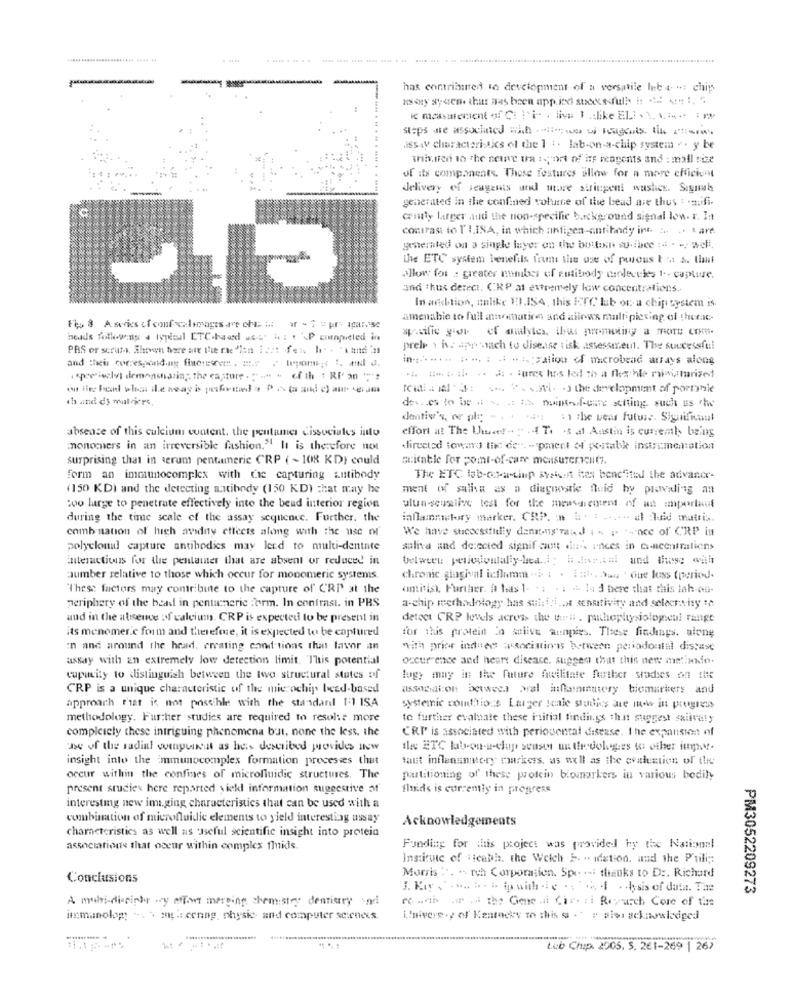
has contributed to development of a versatile Int 4 - chip
usoy system. this aras been applied succesful! !! = :,
steps are associated with it was w regels. til 2-4
issay characteristics of the 1 1. Jab-on-a-chip system . . y be
shiv.tien to The senare ta 1sort of its magents and : mall size
of its components. These features allow for a more efficient
delivery of seagents and more stringent washes. Signals
generated in the confined volume of the bead are thus : - a.ifi.
conily larger tud the non-specific background signal low. r. Itt
contrasi to T LISA, in which antigen-antibody int :. .. tare
generated on a single layer on the bottom su.ibee ... . -- well,
the ETC system benefits from the use of porous t . S. that
allow for : greater number of eutibody droleveles 1 .. capture.
and thus derect. CRP at extremely low concentrations ..
In addition, unlike VIISA, this HTC lub on a chip system is
amenable to full insommatire and allows multi piering of thecase-
Ft 8 A series of confocalimages are chte i: ar - 2 u per igare
spaific yor of anulytes, thus promoting a TROTE com.
heads following a typical ETC.haard a.s. h : . P compreled in
PAS or serut. Sloven bore ale the rae "len I ost fez, he - 'kandi's
prele : is aproach to disease tisk .assessment. The successful
.... : - - >ation of microbead arrays along
spe salvi siemonstasing, the casture . " ... . of th : RP an " ;:
midi. w's: " ". . . ) the development of poronie
deves to be a wat IS muitosfor setting such us he
detiv's, or ple - . . . es : the wear future. Significant
absence of this culcium content, the peutames cissociales into
effort at The Lhuvet .. .. . 4 71 -8 at Austin is currently being
monomers in an irreversible fashion."It is therefore next
directed toward the de". - pment of portable insirimentation
surprising that in serum pentameric CRP ( ~ 108 KD) could
suitable for point-of-care mensurericlit ?.
form an immunocomplex with Cie capturing antibody
The ETC Web-ceof-a-tinp stsisent hes benefitil the advaner-
(150 KDI and the detecting antibody (150 KD) that may he
ment of saliva as a diagnostic fluid by provaling an
too large to penetrate effectively into the bend interior region
ulun-seuslive test for the measurement of an important
during the time scale of the assay sequence. Further. the
inflammatory marker. CRP. n l. : .... .. al Quid mattis.
combination of high avidny effects along with the use of
We have streecssfitily denens'ad i " 1 "-nce of CRP in
polyclonal capture antibodies may lend to multi-dentate
saliva and de:ccted signif sunt de races in ancentraliens
interactions for the pentamer that are absent or reduced in
aumber relative to those which occur for monomeric systems.
chronic gingival icflamm ... : . ::. Jan ' que loss (period.
"These factors may contribute to the capture of' C'RP" at the
omitist. Further. A las 1. 1 . 1 4 14 d bere that this lah-on.
periphery of the bead in pentaneric :erm. In contrast. in PRS
a-chip methodology has sulit!i .. st sensitivity and selectvisy th
and in the absence of calcium. CRP is expected to be present in
detect CRP levels across the thril . pathophysiologieul range
its menemer.c foum and therefore, it is expected to be captured
for this protein in salive aunpies. These findings. alone
In and around the head, erating cond tions that lavor an
with prior indnes associations between periodontal disease
assay with an extremely low detection limit. This potential
occur ence and heart disease. sugges that this new methodo.
capacity to distinguish between the two structural states of
lugy may in the future facilitate furtleer sradses on the
CRP is a unique characteristic of the microchip beed-based
association between pral inthainingtery biomarkers and
approach that is not possible with the standanl 1:1 ISA
systemic conditions Larger scale studies are now in progress
methodology. Further studies are required to resolve more
to further evaluate these initial findings that suggest saliva!y
complciely these intriguing phenomena but, none the less. the
CRP is associated with periodontal disease. I he expansion of
use of the radial compuinst as heis described provides new
insight into the immunocomplex formation processes that
want inflanumery markers, as well as the evaluation of the
occur within the confines of microfluidic structures. The
poutitioning of these protein biomarkers in various bodily
present studies here reported siekl information suggestive of
fluids is currently in progress
interesting new imaging characteristics that can be used with a
combination of microfluidic elements to yield interesting assay
Acknowledgements
characteristics as well as useful scientific insight into protein
associations that occur within complex flids.
Funding for this project was provided hy the National
Institute of Health. the Welch 5. - idation. and the Puli ;:
Conclusions
Morris .. . roh Corporation. Spe -- thanks to Dr. Richard
3. Kis ..... .. .. puich die . . .. 4 . - 4,sis of data. The
PM3052209273
A multi-disciphyr wy effet merging chemistry dentistry sodi
Po wah . .. the Gene di Cir. zi Reusch Core of the
immunolog .. . my .: cening, physic- and computer sciences
Univers y of Kentucky re :his s . alos ackanskedged
Lub Chup. 2005. S. 261-269 | 267